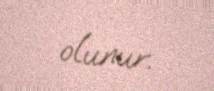
olunur.